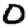
Digit: 0